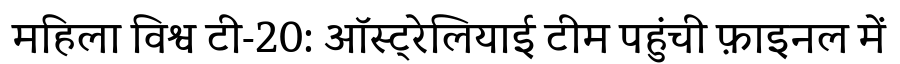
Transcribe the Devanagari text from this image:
महिला विश्व टी-20: ऑस्ट्रेलियाई टीम पहुंची फ़ाइनल में